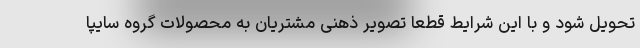
تحویل شود و با این شرایط قطعا تصویر ذهنی مشتریان به محصولات گروه سایپا